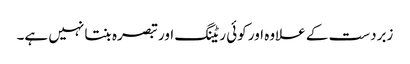
زبردست کے علاوہ اور کوئی ریٹنگ اور تبصرہ بنتا نہیں ہے۔